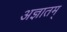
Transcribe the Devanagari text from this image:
अज्ञातम्‌